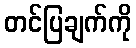
တင်ပြချက်ကို